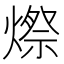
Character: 𪹥